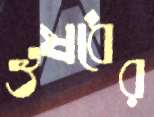
ঔষধের